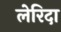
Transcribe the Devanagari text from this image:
लेरिदा